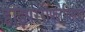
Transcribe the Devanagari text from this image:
हाइपररीफ्लेक्सिया